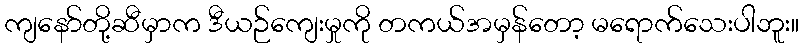
ကျနော်တို့ဆီမှာက ဒီယဉ်ကျေးမှုကို တကယ်အမှန်တော့ မရောက်သေးပါဘူး။